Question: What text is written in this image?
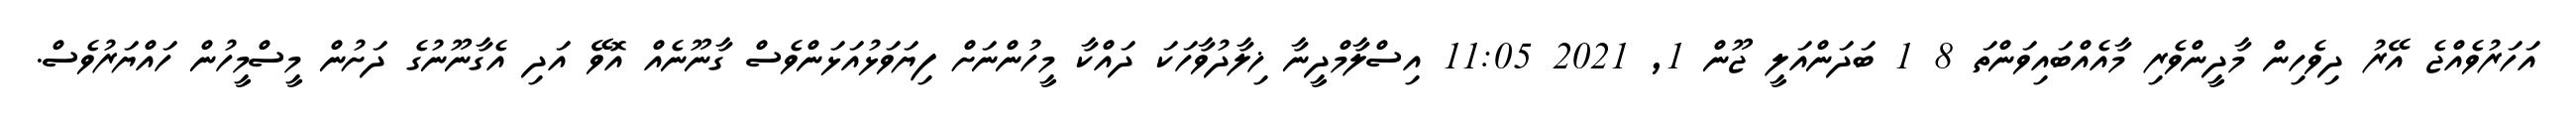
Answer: އަހަރުވެއްޖެ އޭރު ދިވެހިން މާދީންވެރި މާއެއްބައިވަންތަ 8 1 ބަދަންއަލީ ޖޫން 1, 2021 11:05 އިސްލާމްދީނާ ޚިލާދުވާހަކަ ދައްކާ މީހުންނަށް ފިޔަވަޅުއަޅަންވެސް ގާނޫނެއް އޮވޭ އަދި އެގާނޫނުގެ ދަށުން މީސްމީހުން ހައްޔަރުވެސް.